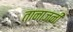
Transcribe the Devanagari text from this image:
तानाज़नी